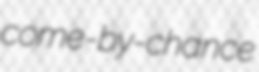
come-by-chance